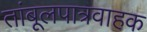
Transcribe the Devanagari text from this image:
तांबूलपात्रवाहक